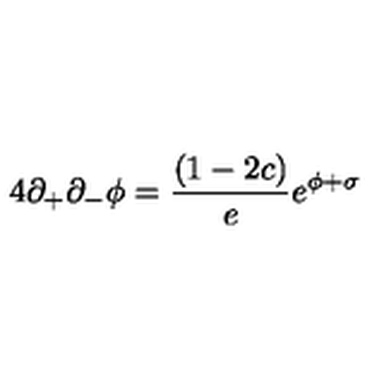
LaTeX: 4 \partial _ { + } \partial _ { - } \phi = { \frac { ( 1 - 2 c ) } { e } } e ^ { \phi + \sigma }